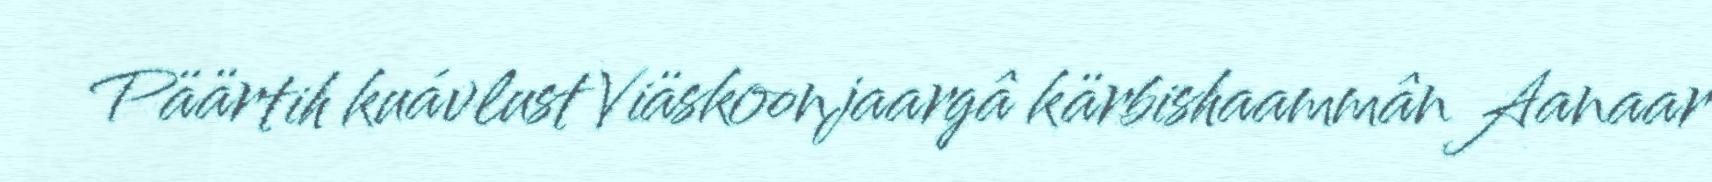
Päärtih kuávlust Viäskoonjaargâ kärbishaammân Aanaar